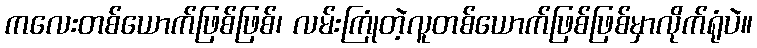
ကလေးတစ်ယောက်ဖြစ်ဖြစ်၊ လမ်းကြုံတဲ့လူတစ်ယောက်ဖြစ်ဖြစ်မှာလိုက်ရုံပဲ။